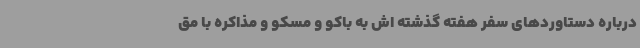
درباره دستاوردهای سفر هفته گذشته اش به باکو و مسکو و مذاکره با مق